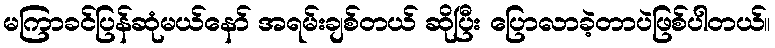
မကြာခင်ပြန်ဆုံမယ်နော် အရမ်းချစ်တယ် ဆိုပြီး ပြောလာခဲ့တာပဲဖြစ်ပါတယ်။